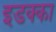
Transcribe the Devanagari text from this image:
इडक्‍का